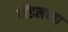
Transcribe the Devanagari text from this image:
मेंडलच्या